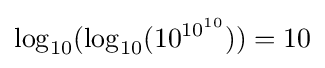
\log _{10}(\log _{10}(10^{10^{10}}))=10